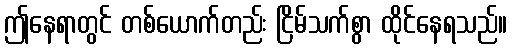
ဤနေရာတွင် တစ်ယောက်တည်း ငြိမ်သက်စွာ ထိုင်နေရသည်။